Vaccination report Assam 1874-1896 - 1874-1896
Year: 1874
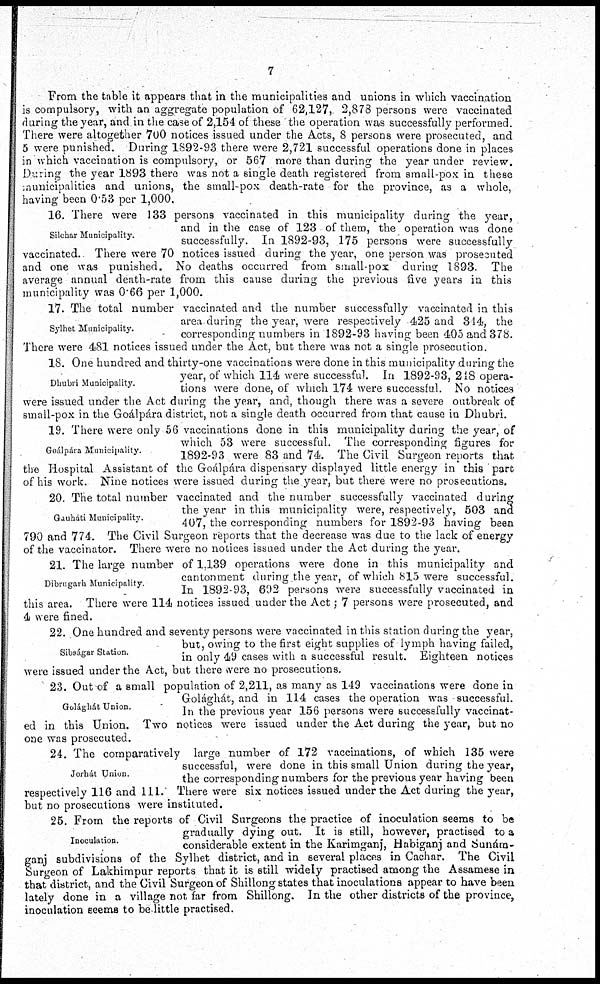
7
From the table it appears that in the municipalities and unions in which vaccination
is compulsory, with an aggregate population of 62,127, 2,878 persons were vaccinated
during the year, and in the case of 2,154 of these the operation was successfully performed.
There were altogether 700 notices issued under the Acts, 8 persons were prosecuted, and
5 were punished. During 1892-93 there were 2,721 successful operations done in places
in which vaccination is compulsory, or 567 more than during the year under review.
During the year 1893 there was not a single death registered from small-pox in these
municipalities and unions, the small-pox death-rate for the province, as a whole,
having been 0.53 per 1,000.
Silchar Municipality.
16. There were 133 persons vaccinated in this municipality during the year,
and in the case of 123 of them, the operation was done
successfully. In 1892-93, 175 persons were successfully
vaccinated. There were 70 notices issued during the year, one person was prosecuted
and one was punished. No deaths occurred from small-pox during 1893. The
average annual death-rate from this cause during the previous five years in this
municipality was 0.66 per 1,000.
Sylhet Municipality.
17. The total number vaccinated and the number successfully vaccinated in this
area during the year, were respectively 425 and 344, the
corresponding numbers in 1892-93 having been 405 and 378.
There were 481 notices issued under the Act, but there was not a single prosecution.
Dhubri Municipality.
18. One hundred and thirty-one vaccinations were done in this municipality during the
year, of which 114 were successful. In 1892-93, 218 opera-
tions were done, of which 174 were successful. No notices
were issued under the Act during the year, and, though there was a severe outbreak of
small-pox in the Goálpára district, not a single death occurred from that cause in Dhubri.
Goálpára Municipality.
19. There were only 56 vaccinations done in this municipality during the year, of
which 53 were successful. The corresponding figures for
1892-93 were 83 and 74. The Civil Surgeon reports that
the Hospital Assistant of the Goálpára dispensary displayed little energy in this part
of his work. Nine notices were issued during the year, but there were no prosecutions.
Gauháti Municipality.
20. The total number vaccinated and the number successfully vaccinated during
the year in this municipality were, respectively, 503 and
407, the corresponding numbers for 1892-93 having been
790 and 774. The Civil Surgeon reports that the decrease was due to the lack of energy
of the vaccinator. There were no notices issued under the Act during the year.
Dibrugarh Municipality.
21. The large number of 1,139 operations were done in this municipality and
cantonment during the year, of which 815 were successful.
In 1892-93, 692 persons were successfully vaccinated in
this area. There were 114 notices issued under the Act ; 7 persons were prosecuted, and
4 were fined.
Sibságar Station.
22. One hundred and seventy persons were vaccinated in this station during the year,
but, owing to the first eight supplies of lymph having failed,
in only 49 cases with a successful result. Eighteen notices
were issued under the Act, but there were no prosecutions.
Golághát Union.
23. Out of a small population of 2,211, as many as 149 vaccinations were done in
Golághát, and in 114 cases the operation was successful.
In the previous year 156 persons were successfully vaccinat-
ed in this Union. Two notices were issued under the Act during the year, but no
one was prosecuted.
Jorhát Union.
24. The comparatively large number of 172 vaccinations, of which 135 were
successful, were done in this small Union during the year,
the corresponding numbers for the previous year having been
respectively 116 and 111. There were six notices issued under the Act during the year,
but no prosecutions were instituted.
Inoculation.
25. From the reports of Civil Surgeons the practice of inoculation seems to be
gradually dying out. It is still, however, practised to a
considerable extent in the Karimganj, Habiganj and Sunám-
ganj subdivisions of the Sylhet district, and in several places in Cachar. The Civil
Surgeon of Lakhimpur reports that it is still widely practised among the Assamese in
that district, and the Civil Surgeon of Shillong states that inoculations appear to have been
lately done in a village not far from Shillong. In the other districts of the province,
inoculation seems to be little practised.